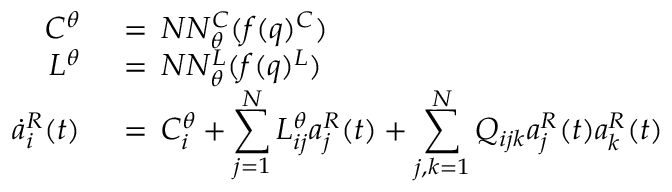
\begin{array} { r l } { C ^ { \theta } \, } & { { } = \, N N _ { \theta } ^ { C } ( f ( q ) ^ { C } ) } \\ { L ^ { \theta } \, } & { { } = \, N N _ { \theta } ^ { L } ( f ( q ) ^ { L } ) } \\ { \dot { a } _ { i } ^ { R } ( t ) \, } & { { } = \, C _ { i } ^ { \theta } + \displaystyle \sum _ { j = 1 } ^ { N } L _ { i j } ^ { \theta } a _ { j } ^ { R } ( t ) + \displaystyle \sum _ { j , k = 1 } ^ { N } Q _ { i j k } a _ { j } ^ { R } ( t ) a _ { k } ^ { R } ( t ) } \end{array}